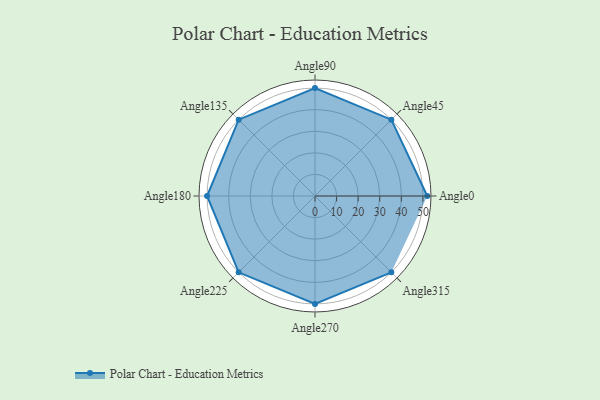
{"axis": {"x": "Angle", "y": "Radius"}, "legend": [""], "data": [{"x": "Angle0", "y": 52.0, "type": ""}, {"x": "Angle45", "y": 50, "type": ""}, {"x": "Angle90", "y": 50, "type": ""}, {"x": "Angle135", "y": 50, "type": ""}, {"x": "Angle180", "y": 50, "type": ""}, {"x": "Angle225", "y": 50, "type": ""}, {"x": "Angle270", "y": 50, "type": ""}, {"x": "Angle315", "y": 50, "type": ""}]}